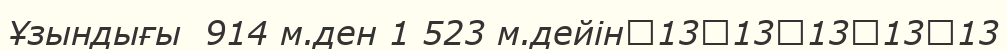
Ұзындығы  914 м.ден 1 523 м.дейін	13	13	13	13	13